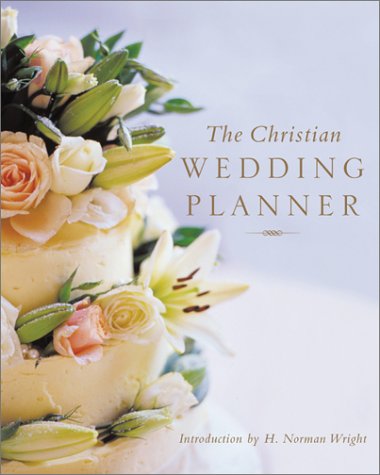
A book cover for The Christian Wedding Planner; Jessica North; Crafts, Hobbies & Home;